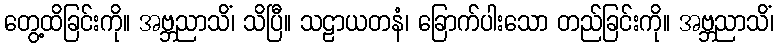
တွေ့ထိခြင်းကို။ အဗ္ဘညာသိံ၊ သိပြီ။ သဠာယတနံ၊ ခြောက်ပါးသော တည်ခြင်းကို။ အဗ္ဘညာသိံ၊